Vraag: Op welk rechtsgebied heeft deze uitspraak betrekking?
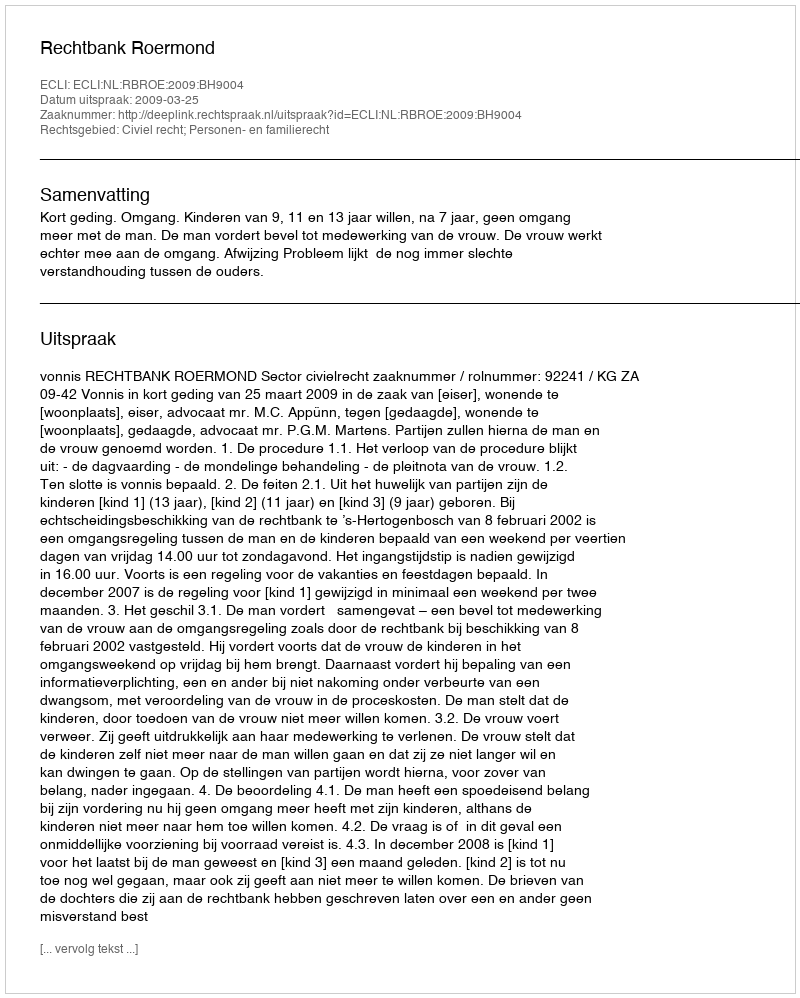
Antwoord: Civiel recht; Personen- en familierecht